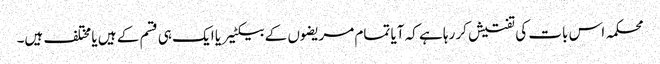
محکمہ اس بات کی تفتیش کر رہا ہے کہ آیا تمام مریضوں کے بیکٹیریا ایک ہی قسم کے ہیں یا مختلف ہیں۔